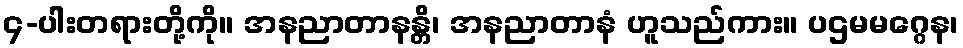
၄-ပါးတရားတို့ကို။ အနညာတာနန္တိ၊ အနညာတာနံ ဟူသည်ကား။ ပဌမမဂ္ဂေန၊